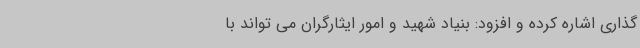
گذاری اشاره کرده و افزود: بنیاد شهید و امور ایثارگران می تواند با